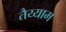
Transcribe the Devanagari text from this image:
तैय्याम